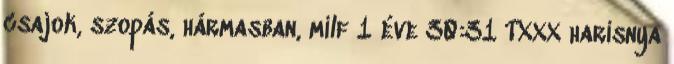
csajok, szopás, hármasban, milf 1 éve 30:31 TXXX harisnya